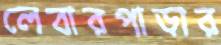
লেবারপাড়ার